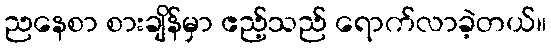
ညနေစာ စားချိန်မှာ ဧည့်သည် ရောက်လာခဲ့တယ်။